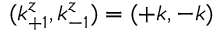
( k _ { + 1 } ^ { z } , k _ { - 1 } ^ { z } ) = ( + k , - k )